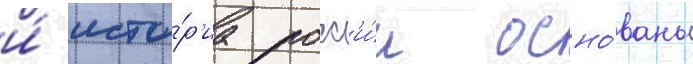
и́ исто́р'иа росс'и́и осно́ваны